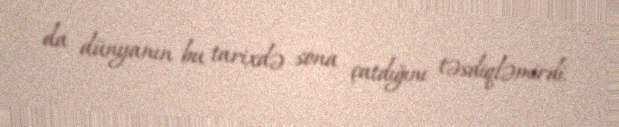
da dünyanın bu tarixdə sona çatdığını təsdiqləmirdi.